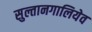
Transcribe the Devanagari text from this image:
सुल्तानगालियेव